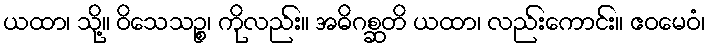
ယထာ၊ သို့။ ဝိသေသဉ္စ၊ ကိုလည်း။ အဓိဂစ္ဆတိ ယထာ၊ လည်းကောင်း။ ဧဝမေဝံ၊